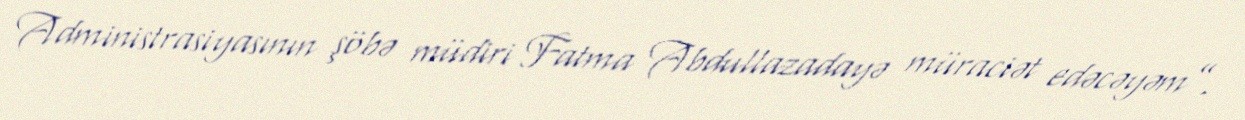
Administrasiyasının şöbə müdiri Fatma Abdullazadayə müraciət edəcəyəm”.